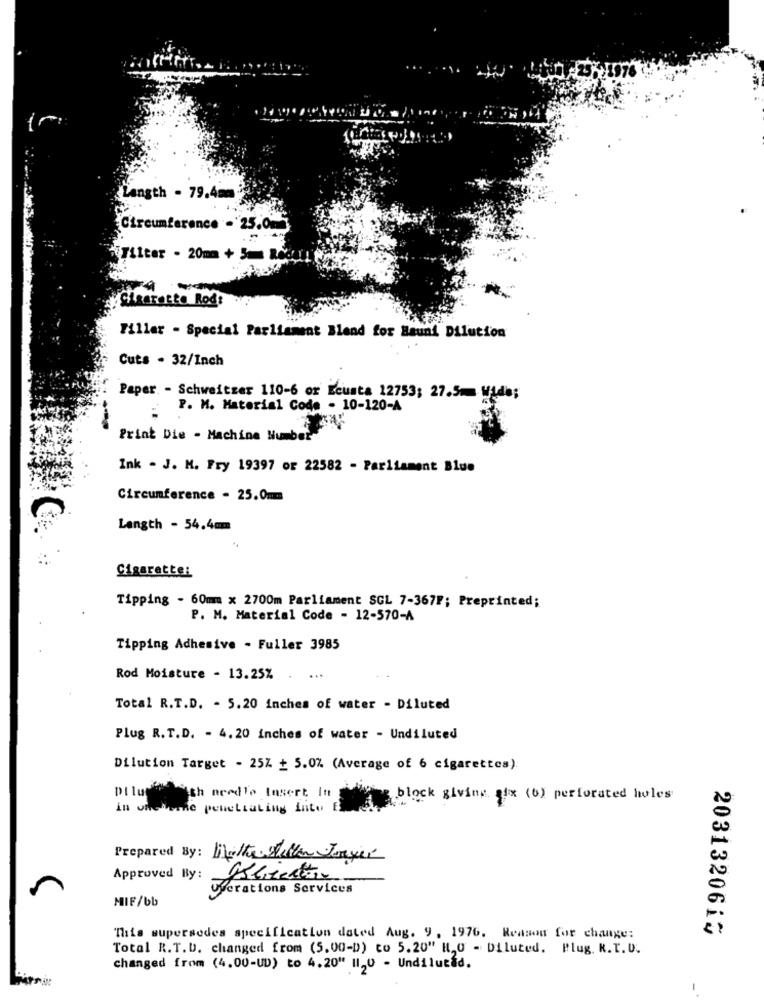
Langth - 79.4mm
Circumference - 25.05
Tilter - 20mm + 51 Re
Sigarette Rod:
Filler - Special Parliament Blend for Baund Dilution
Cuts . 32/Inch
Paper - Schweitzer 110-6 or Ecusta 12753; 27.5mm Wide;
. P. M. Material Code - 10-120-A
Print Die - Machine Number
Ink - J. M. Fry 19397 or 22582 - Parliament Blue
Circumference - 25.0mm
Langth - 54.4mm
Cigarette:
Tipping - 60mm x 2700m Parliament SCL 7-367F; Preprinted;
P. M. Material Code - 12-570-A
Tipping Adhesive . Fuller 3985
Rod Moisture - 13.25%
Total R.T.D. - 5.20 inches of water - Diluted
Plug R. T.D. - 4. 20 inches of water - Undiluted
Dilution Target - 25Z + 5.0% (Average of 6 cigarettes).
Diluca ich needto Insert in
block giving qix (6) perforated holes
in onetesde penettaking into E
Prepared By: Whether Willen Jonyer
Approved By:
Overations Services
MIF/bb
2031320613
This supersedes specification dated Aug. 9, 1976. Reason for change:
Total R.T.D. changed from (5,00-D) to 5.20" H,O - Diluted. Plug. R.T. U.
changed from (4.00-UD) to 4.20" II,0 - Undilutad.